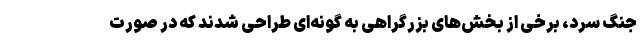
جنگ سرد، برخی از بخش‌های بزرگراهی به گونه‌ای طراحی شدند که در صورت